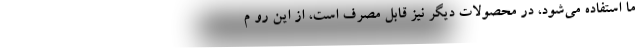
ما استفاده می‌شود، در محصولات دیگر نیز قابل مصرف است، از این رو م